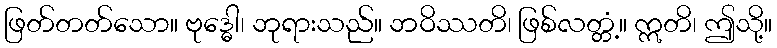
ဖြတ်တတ်သော။ ဗုဒ္ဓေါ၊ ဘုရားသည်။ ဘဝိဿတိ၊ ဖြစ်လတ္တံ့။ ဣတိ၊ ဤသို့။